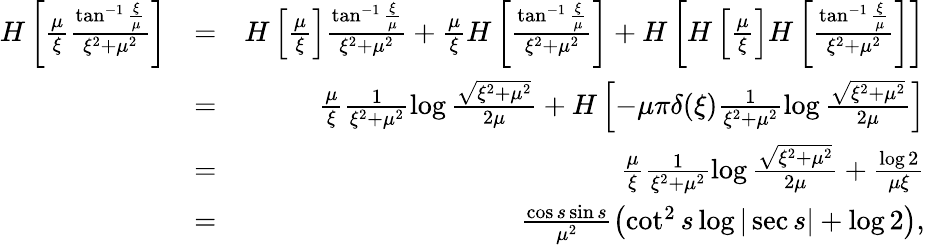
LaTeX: \begin{array}{rlr}{H\left[\frac{\mu}{\xi}\frac{\tan^{-1}\frac{\xi}{\mu}}{\xi^{2}+\mu^{2}}\right]}&{=}&{H\left[\frac{\mu}{\xi}\right]\frac{\tan^{-1}\frac{\xi}{\mu}}{\xi^{2}+\mu^{2}}+\frac{\mu}{\xi}H\left[\frac{\tan^{-1}\frac{\xi}{\mu}}{\xi^{2}+\mu^{2}}\right]+H\left[H\left[\frac{\mu}{\xi}\right]H\left[\frac{\tan^{-1}\frac{\xi}{\mu}}{\xi^{2}+\mu^{2}}\right]\right]}\\ &{=}&{\frac{\mu}{\xi}\frac{1}{\xi^{2}+\mu^{2}}\log\frac{\sqrt{\xi^{2}+\mu^{2}}}{2\mu}+H\left[-\mu\pi\delta(\xi)\frac{1}{\xi^{2}+\mu^{2}}\log\frac{\sqrt{\xi^{2}+\mu^{2}}}{2\mu}\right]}\\ &{=}&{\frac{\mu}{\xi}\frac{1}{\xi^{2}+\mu^{2}}\log\frac{\sqrt{\xi^{2}+\mu^{2}}}{2\mu}+\frac{\log 2}{\mu\xi}}\\ &{=}&{\frac{\cos s\sin s}{\mu^{2}}\left(\cot^{2}s\log|\sec s|+\log 2\right),}\end{array}